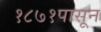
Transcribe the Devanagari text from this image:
१८७१पासून